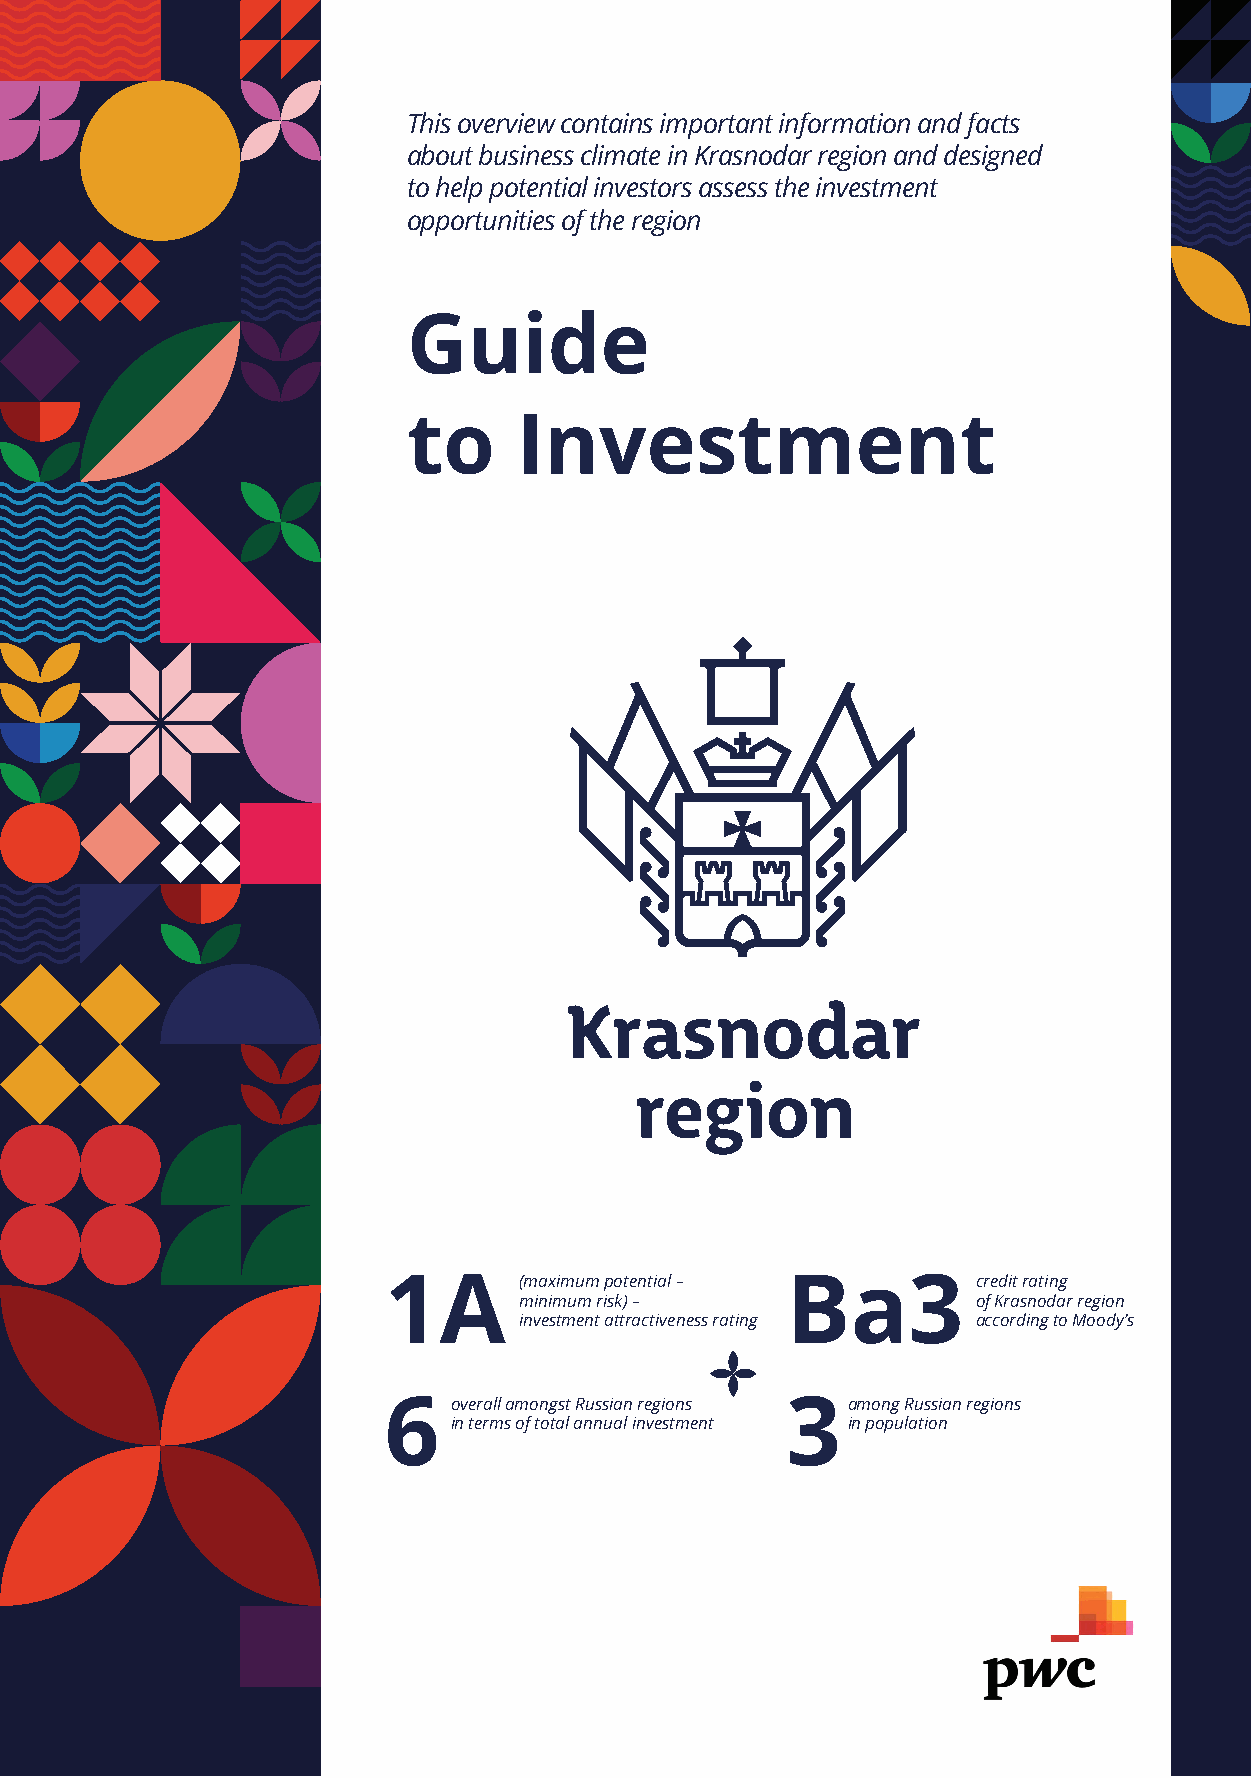
This overview contains important information and facts
 about business climate in Krasnodar region and designed
 to help potential investors assess the investment
 opportunities of the region
 GThis uoverviiedw conetains important information and fact s
 about business climate in Krasnodar region and designed
 to help potential investors assess the investment
 topoport unIitines of vthe reegiosn tment
 Guide
 to     Investment
 1A       (maximum potential – Bа3       credit rating
 minimum risk) –                of Krasnodar region
 investment attractiveness rating according to Moody’s
 6    overall amongst Russian regions 3 among Russian regions
 in terms of total annual investment in population
 1A       (maximum potential – Bа3      credit rating
 minimum risk) –               of Krasnodar region
 investment attractiveness rating according to Moody’s
 6    overall amongst Russian regions 3 among Russian regions
 in terms of total annual investment in population